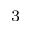
^ 3